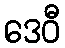
ဒေဝီ